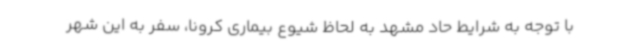
با توجه به شرایط حاد مشهد به لحاظ شیوع بیماری کرونا، سفر به این شهر